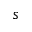
s